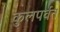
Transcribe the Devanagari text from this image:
कुलपर्वत